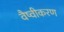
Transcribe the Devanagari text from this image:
वैष्वीकरण